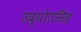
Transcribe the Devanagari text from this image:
उद्योतसिंह